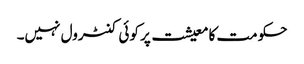
حکومت کا معیشت پر کوئی کنٹرول نہیں۔